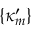
\{ \kappa _ { m } ^ { \prime } \}